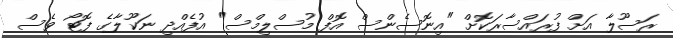
ރަސޫލާ އަށް ފުރައްސާރަކޮށް "އިނޮސެންސް އޮފް މުސްލިމްސް" އުފެއްދި ނަކޫލާގެ ފޮޓޯ ވެސް